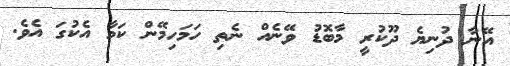
އޭނާ ދުނިޔެ ދޫކުރީ މާބޮޑު ވޭނެއް ނެތި ހަމަހިމޭން ކަމާ އެކުގަ އެވެ.